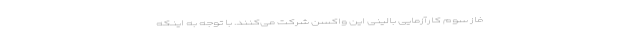
فاز سوم کارآزمایی بالینی این واکسن شرکت می‌کنند. با توجه به اینکه